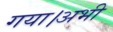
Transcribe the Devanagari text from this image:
गया।अभी